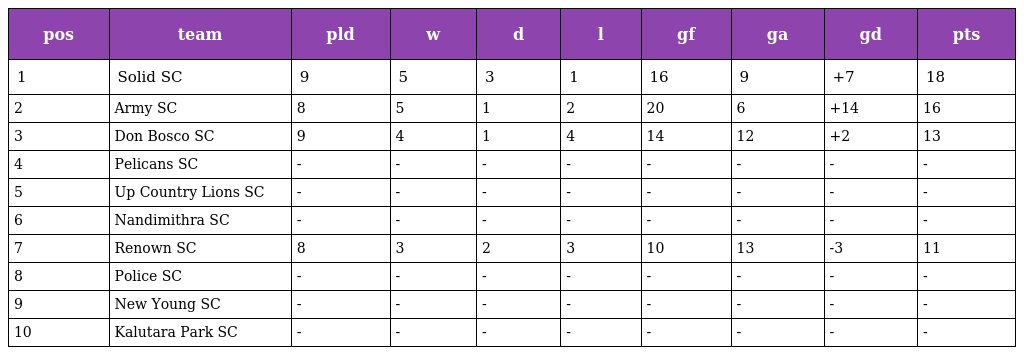
| pos | team | pld | w | d | l | gf | ga | gd | pts |
 | --- | --- | --- | --- | --- | --- | --- | --- | --- | --- |
 | 1 | Solid SC | 9 | 5 | 3 | 1 | 16 | 9 | +7 | 18 |
 | 2 | Army SC | 8 | 5 | 1 | 2 | 20 | 6 | +14 | 16 |
 | 3 | Don Bosco SC | 9 | 4 | 1 | 4 | 14 | 12 | +2 | 13 |
 | 4 | Pelicans SC | - | - | - | - | - | - | - | - |
 | 5 | Up Country Lions SC | - | - | - | - | - | - | - | - |
 | 6 | Nandimithra SC | - | - | - | - | - | - | - | - |
 | 7 | Renown SC | 8 | 3 | 2 | 3 | 10 | 13 | -3 | 11 |
 | 8 | Police SC | - | - | - | - | - | - | - | - |
 | 9 | New Young SC | - | - | - | - | - | - | - | - |
 | 10 | Kalutara Park SC | - | - | - | - | - | - | - | - |